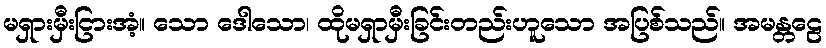
မရှားမှီးငြားအံ့။ သော ဒေါသော၊ ထိုမရှာမှီးခြင်းတည်းဟူသော အပြစ်သည်။ အမန္တဠေ